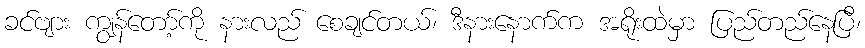
ခင်ဗျား ကျွန်တော့်ကို နားလည် စေချင်တယ်၊ ဒီနားနောက်က အရိုးထဲမှာ ပြည်တည်နေပြီ၊